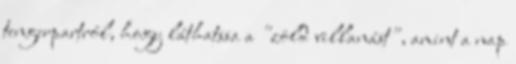
tengerpartról, hogy láthatssa a "zöld villanást", amint a nap